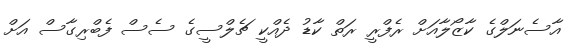
އާސެނަލްގެ ކާޒޯލާއަށް ރެފްރީ ރަތް ކާޑު ދެއްކީ ޗެލްސީގެ ސެސް ފެބްރިގާސް އަށް